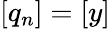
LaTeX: [q_{n}]=[y]